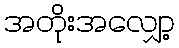
အတိုးအလျှော့